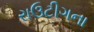
રાઉટીગના